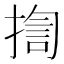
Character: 揈